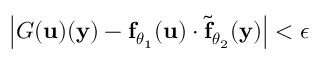
\left| { \cal G } ( { \bf u } ) ( { \bf y } ) - { \bf f } _ { \boldsymbol { \theta } _ { 1 } } ( { \bf u } ) \cdot \tilde { \bf f } _ { \boldsymbol { \theta } _ { 2 } } ( { \bf y } ) \right| < \epsilon